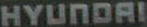
HYUNDAI